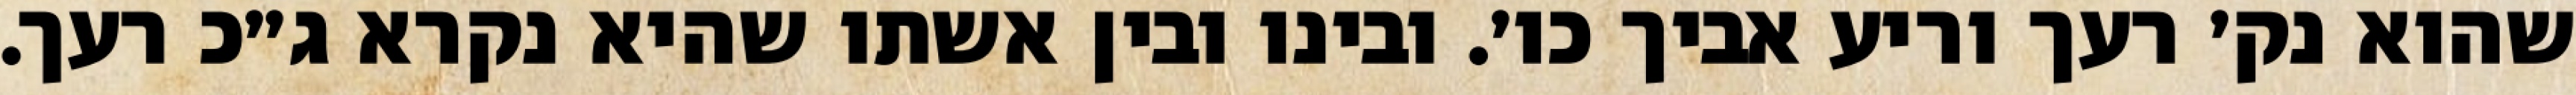
שהוא נק׳ רעך וריע אביך כו׳. ובינו ובין אשתו שהיא נקרא ג״כ רעך.